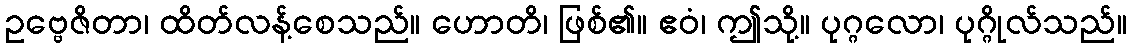
ဥဗ္ဗေဇိတာ၊ ထိတ်လန့်စေသည်။ ဟောတိ၊ ဖြစ်၏။ ဧဝံ၊ ဤသို့။ ပုဂ္ဂလော၊ ပုဂ္ဂိုလ်သည်။